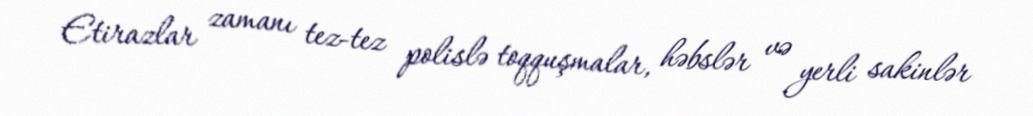
Etirazlar zamanı tez-tez polislə toqquşmalar, həbslər və yerli sakinlər